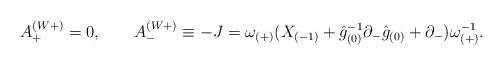
LaTeX: \begin{align*}A_{+}^{(W+)}= 0,\qquad A_{-}^{(W+)}\equiv -J=\omega_{(+)} ( X_{(-1)} + \hat {g}_{(0)}^{-1} \partial_-\hat {g}_{(0)} +\partial_-) \omega_{(+)}^{-1}.\end{align*}